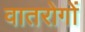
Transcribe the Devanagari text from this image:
वातरोगों